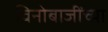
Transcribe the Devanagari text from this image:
विनोबाजींच्या